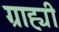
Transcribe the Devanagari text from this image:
ग्राह्यी